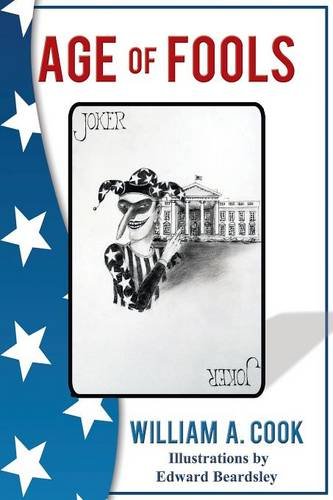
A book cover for Age of Fools; William A Cook; Literature & Fiction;